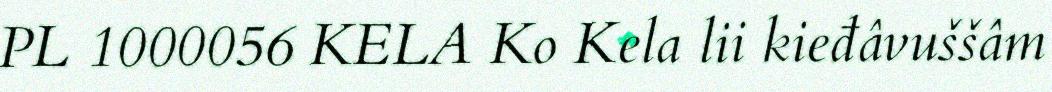
PL 1000056 KELA Ko Kela lii kieđâvuššâm